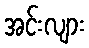
အင်းလျား